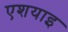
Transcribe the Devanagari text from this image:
एशयाइ